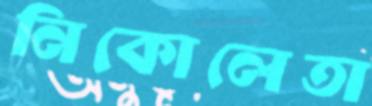
নিকোলেতা